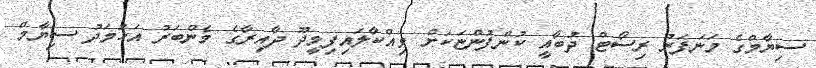
ސިޔާމްގެ މަނަފަރު ރިސޯޓް ދުބާއީ ކުންފުންޏަކަށް ވިއްކާލައިފިމީދޫ ދާއިރާގެ މެންބަރު އަހުމަދު ސިޔާމް